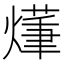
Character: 𤏑